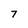
Character: 7